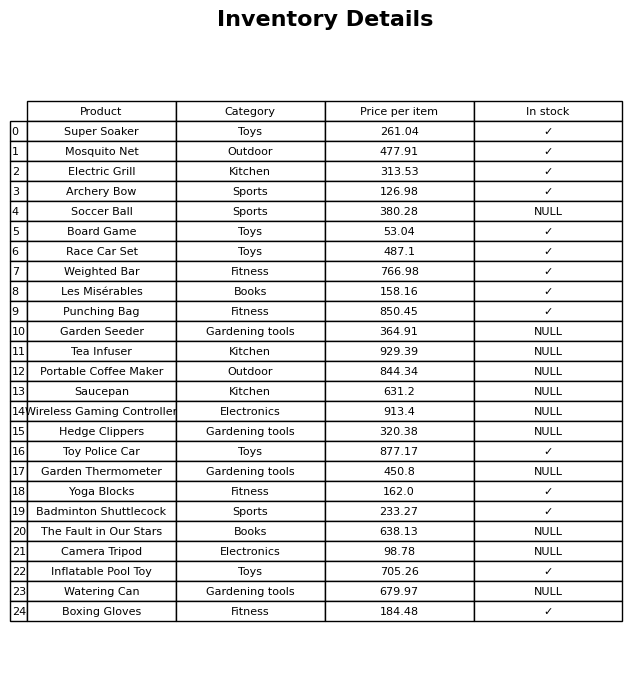
question: What category does the Soccer Ball belong to?
answer: Sports